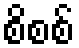
စိစစ်